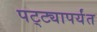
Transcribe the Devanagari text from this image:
पट्‍ट्यापर्यंत